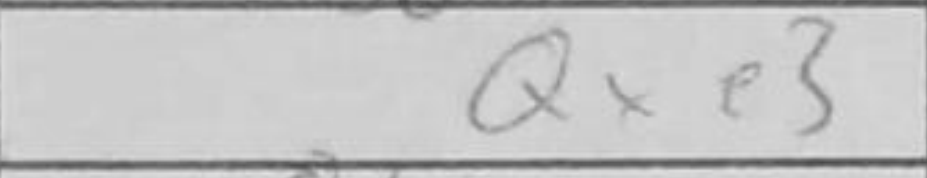
Transcription: Qxe3